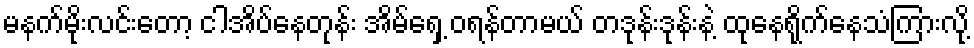
မနက်မိုးလင်းတော့ ငါအိပ်နေတုန်း အိမ်ရှေ့ ဝရန်တာမယ် တဒုန်းဒုန်းနဲ့ ထုနေရိုက်နေသံကြားလို့